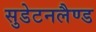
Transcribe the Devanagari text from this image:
सुडेटनलैण्ड